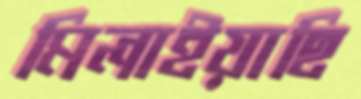
মিলাইয়াছি